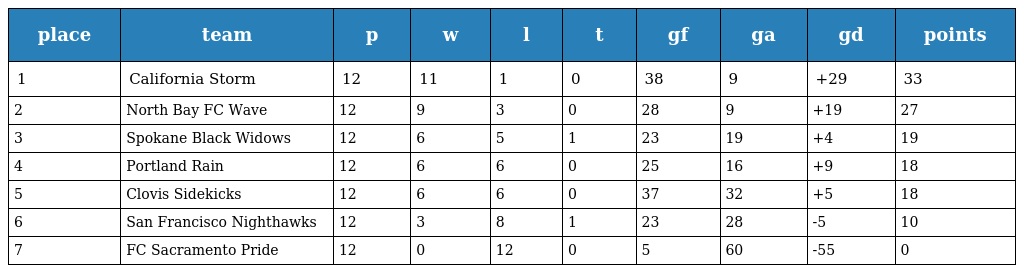
| place | team | p | w | l | t | gf | ga | gd | points |
 | --- | --- | --- | --- | --- | --- | --- | --- | --- | --- |
 | 1 | California Storm | 12 | 11 | 1 | 0 | 38 | 9 | +29 | 33 |
 | 2 | North Bay FC Wave | 12 | 9 | 3 | 0 | 28 | 9 | +19 | 27 |
 | 3 | Spokane Black Widows | 12 | 6 | 5 | 1 | 23 | 19 | +4 | 19 |
 | 4 | Portland Rain | 12 | 6 | 6 | 0 | 25 | 16 | +9 | 18 |
 | 5 | Clovis Sidekicks | 12 | 6 | 6 | 0 | 37 | 32 | +5 | 18 |
 | 6 | San Francisco Nighthawks | 12 | 3 | 8 | 1 | 23 | 28 | -5 | 10 |
 | 7 | FC Sacramento Pride | 12 | 0 | 12 | 0 | 5 | 60 | -55 | 0 |